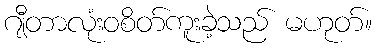
ဂျီတာလုံးဝစိတ်ကူးခဲ့သည် မဟုတ်။